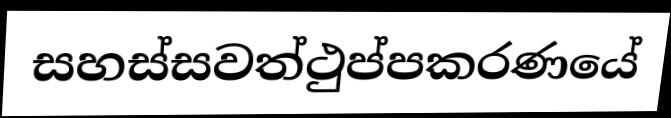
සහස්සවත්ථුප්පකරණයේ